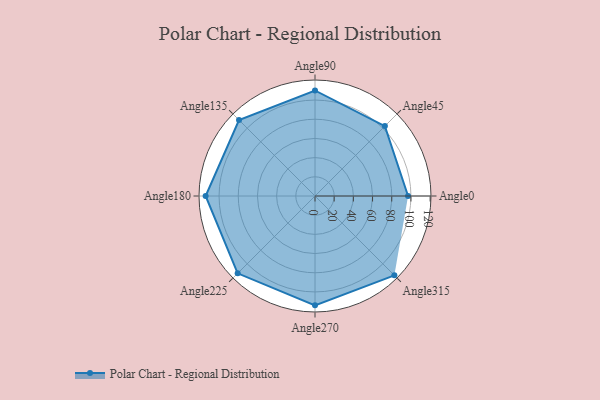
{"axis": {"x": "Angle", "y": "Radius"}, "legend": [""], "data": [{"x": "Angle0", "y": 97.0, "type": ""}, {"x": "Angle45", "y": 103.0, "type": ""}, {"x": "Angle90", "y": 110.0, "type": ""}, {"x": "Angle135", "y": 112.0, "type": ""}, {"x": "Angle180", "y": 114.0, "type": ""}, {"x": "Angle225", "y": 114.0, "type": ""}, {"x": "Angle270", "y": 114.0, "type": ""}, {"x": "Angle315", "y": 117.0, "type": ""}]}